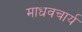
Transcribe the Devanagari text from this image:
माधवचार्य